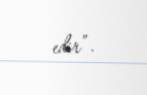
edir”.